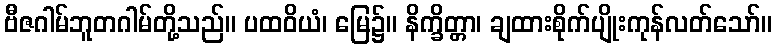
ဗီဇဂါမ်ဘူတဂါမ်တို့သည်။ ပထဝိယံ၊ မြေ၌။ နိက္ခိတ္တာ၊ ချထားစိုက်ပျိုးကုန်လတ်သော်။